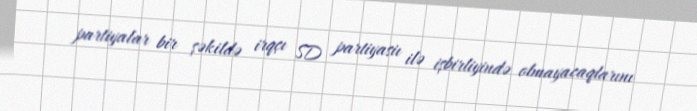
partiyalar bir şəkildə irqçı SD partiyasiı ilə işbirliyində olmayacaqlarını